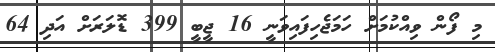
މި ފޯން ވިއްކުމަށް ހަމަޖެހިފައިވަނީ 16 ޖީބީ 399 ޑޮލަރަށް އަދި 64